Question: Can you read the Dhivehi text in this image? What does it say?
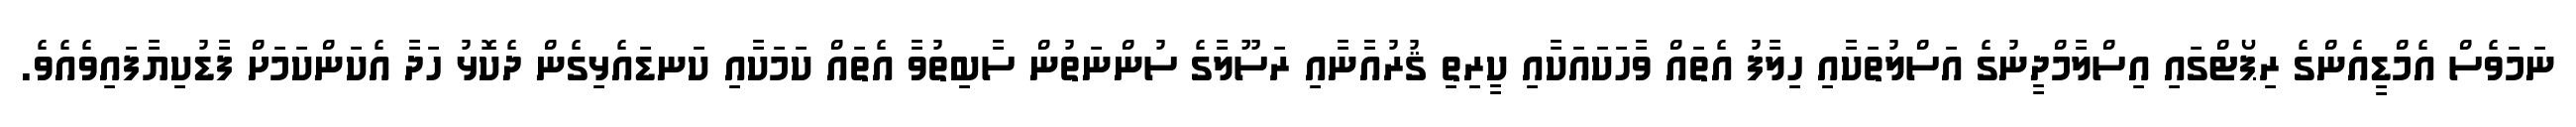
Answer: ނަމަވެސް އެމްޑީއެންގެ ރިޕޯޓްގައި އިސްލާމްދީނުގެ އަސްލުތަކާއި ހިލާފު އެތައް ވާހަކައަކާއި ކީރިތި ޤުރުއާނާއި ރަސޫލާގެ ސުންނަތުން ސާބިތުވާ އެތައް ކަމަކާއި ކަނޑައެޅިގެން ދެކޮޅު ހަދާ އެކަންކަމަށް ފާޑުކިޔާފައިވެއެވެ.